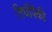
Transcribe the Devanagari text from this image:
तिघींपैकी